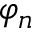
\varphi _ { n }